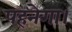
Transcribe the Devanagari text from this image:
पहनेगा।